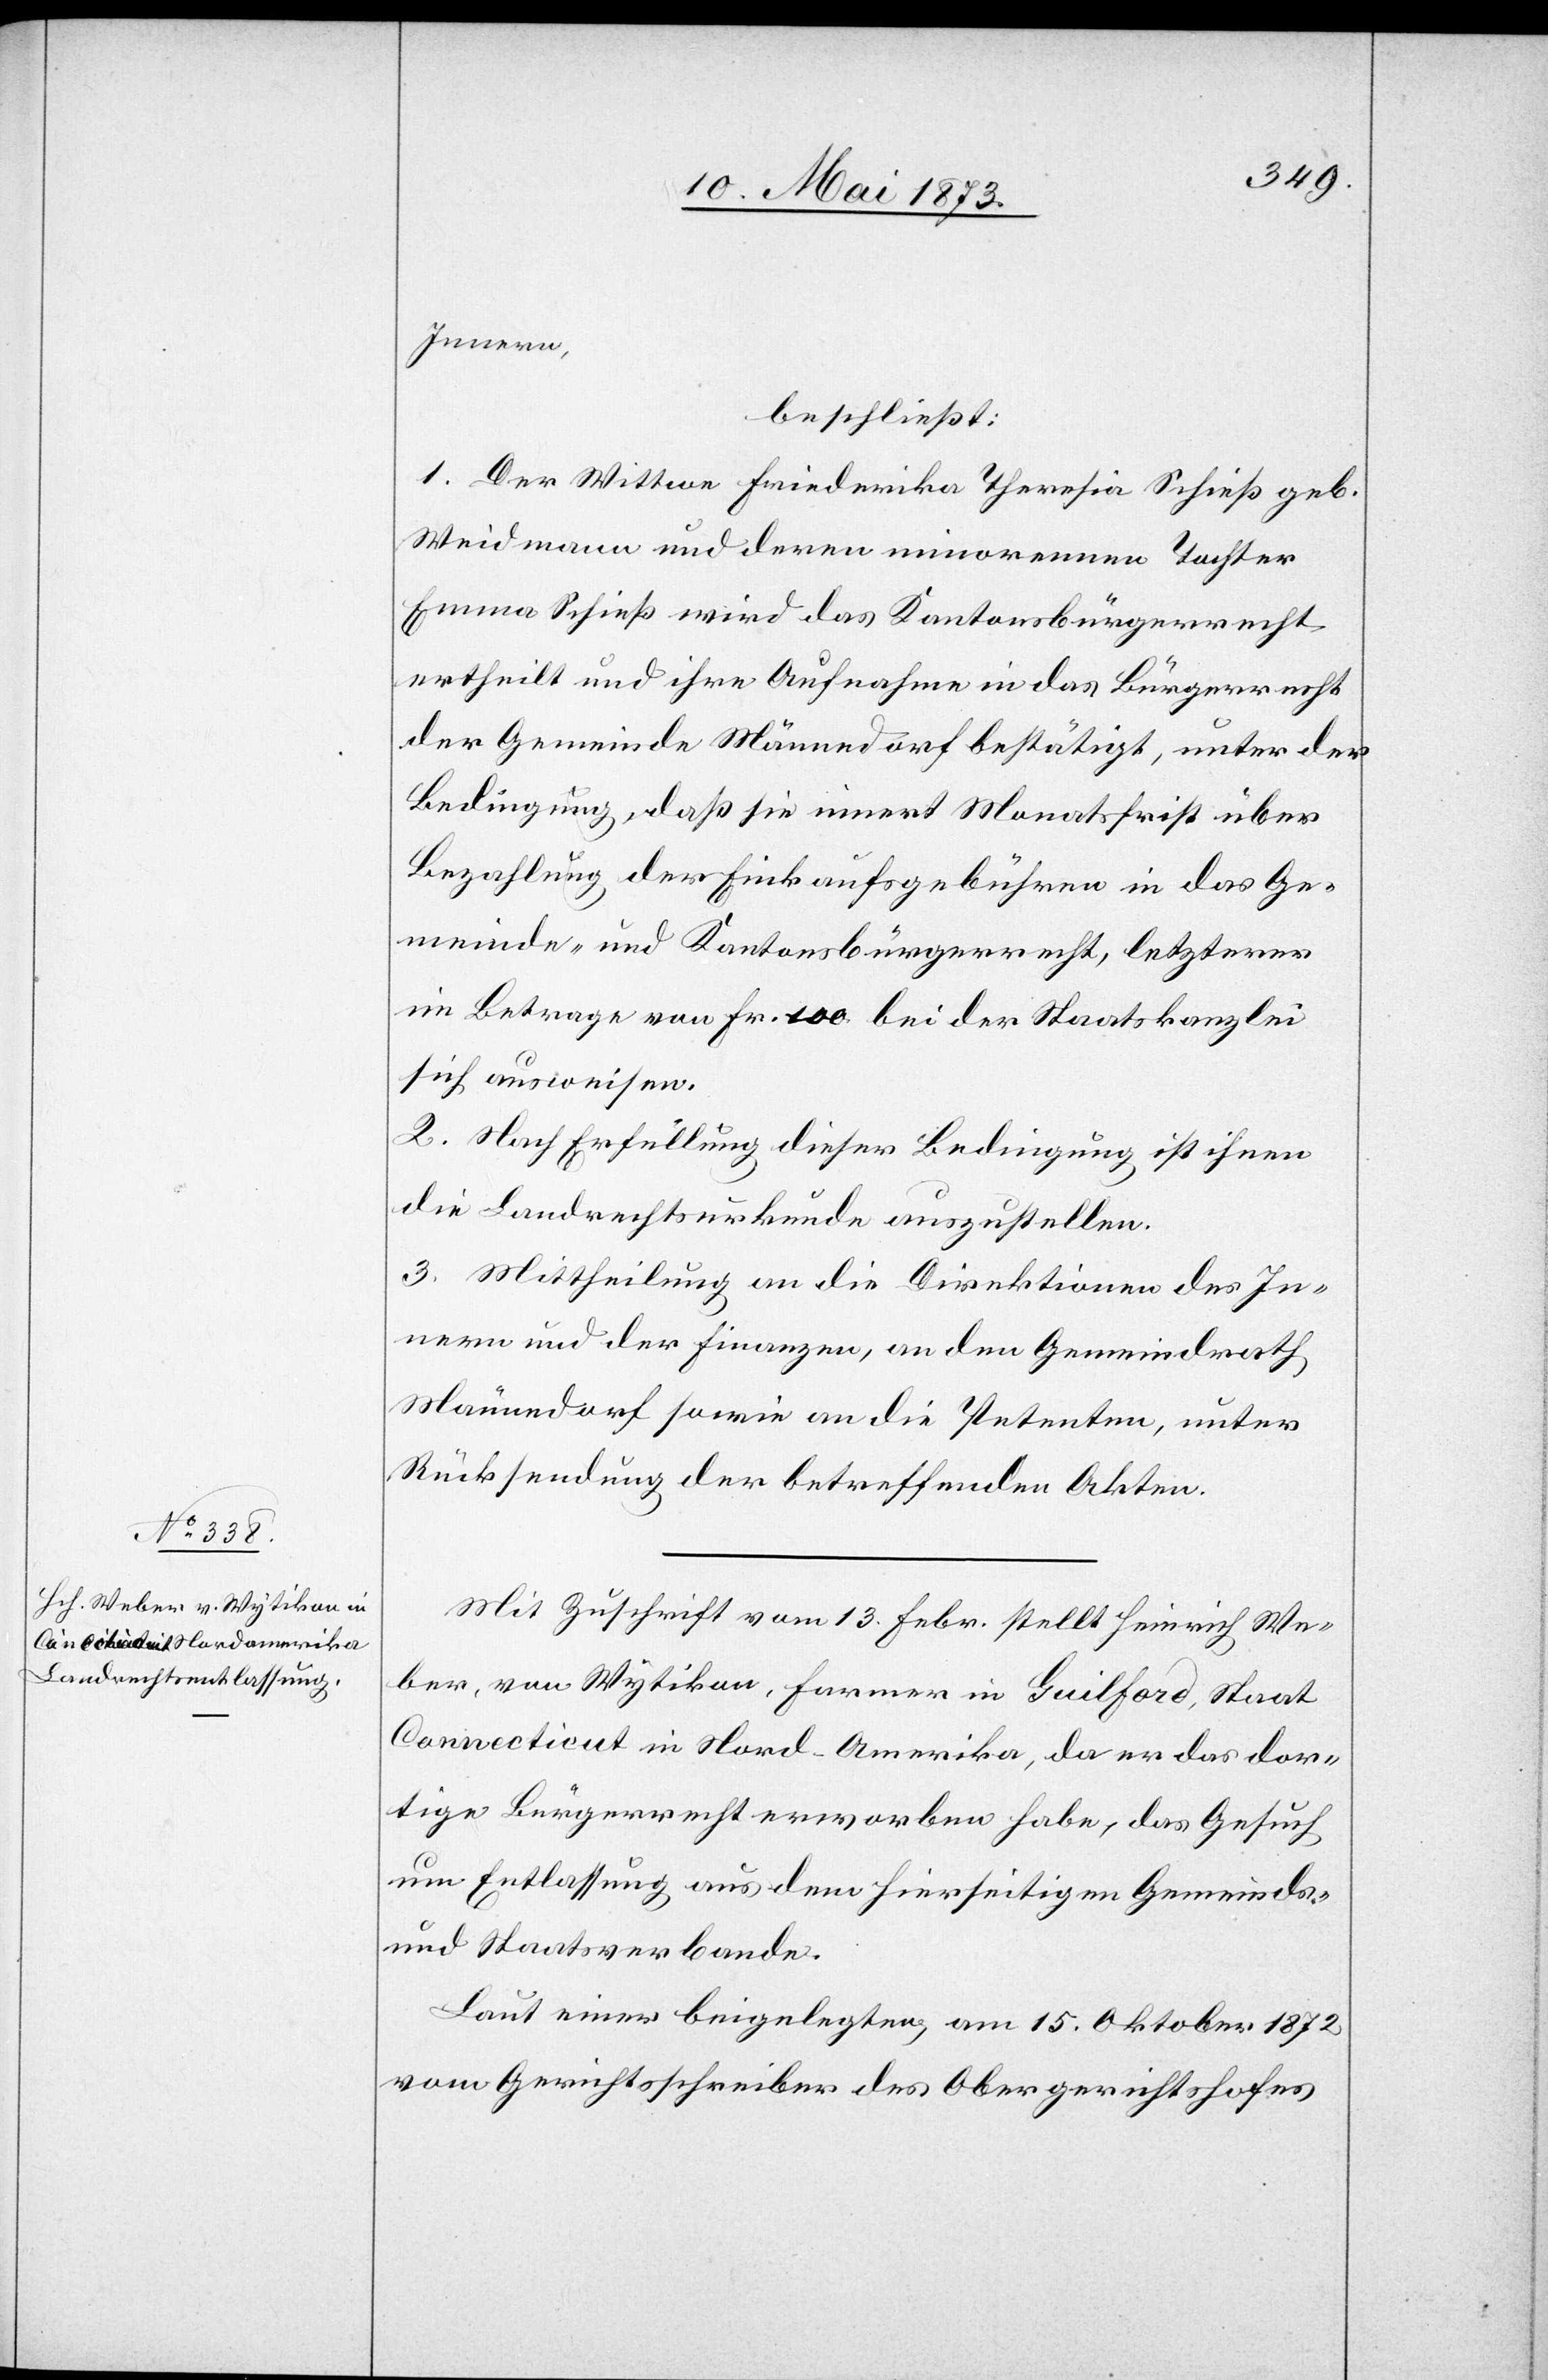
Innern,
beschließt:
1. Der Wittwe Friederika Theresia Schieß geb.
Weidmann und deren minorennen Tochter
Emma Schieß wird das Kantonsbürgerrecht
ertheilt und ihre Aufnahme in das Bürgerrecht
der Gemeinde Männedorf bestätigt, unter der
Bedingung, daß sie innert Monatsfrist über
Bezahlung der Einkaufsgebühren in das Ge¬
meinde- und Kantonsbürgerrecht, letzterer
im Betrage von Fr. 100 bei der Staatskanzlei
sich ausweisen.
2. Nach Erfüllung dieser Bedingung ist ihnen
die Landrechtsurkunde auszustellen.
3. Mittheilung an die Direktion des In¬
nern und der Finanzen, an den Gemeindrath
Männedorf sowie an die Petenten, unter
Rücksendung der betreffenden Akten.
Mit Zuschrift vom 13. Febr. stellt Heinrich We¬
ber, von Wytikon, Farmer in Guilford, Staat
Connecticut in Nord-Amerika, da er das dor¬
tige Bürgerrecht erworben habe, das Gesuch
um Entlassung aus dem hierseitigen Gemeinds-
und Staatsverbande.
Laut einer beigelegten, am 15. Oktober 1872
vom Gerichtsschreiber des Obergerichtshofes